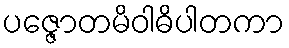
ပဇ္ဇောတမိဝါဓိပါတကာ